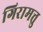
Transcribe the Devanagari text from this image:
गिरामत्तु